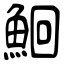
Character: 鮰